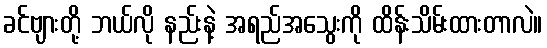
ခင်ဗျားတို့ ဘယ်လို နည်းနဲ့ အရည်အသွေးကို ထိန်းသိမ်းထားတာလဲ။